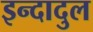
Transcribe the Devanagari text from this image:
इन्दादुल